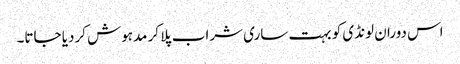
اس دوران لونڈی کو بہت ساری شراب پلا کر مدہوش کردیا جاتا۔